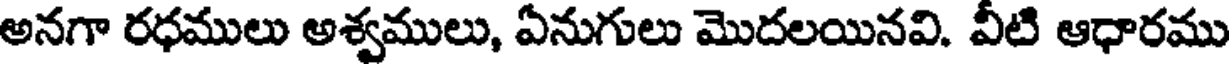
అనగా రధములు అశ్వములు, ఏనుగులు మొదలయినవి. వీటి ఆధారము